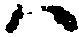
ハ